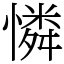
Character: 憐